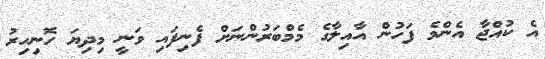
އެ ކުއްޖާ އެންމެ ފަހުން އާއިލާގެ މެމްބަރުންނަށް ފެނިފައި ވަނީ މިދިޔަ ހޮނިހިރު